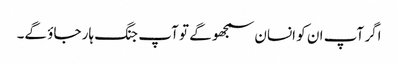
اگر آپ ان کو انسان سمجھو گے تو آپ جنگ ہار جاؤ گے۔